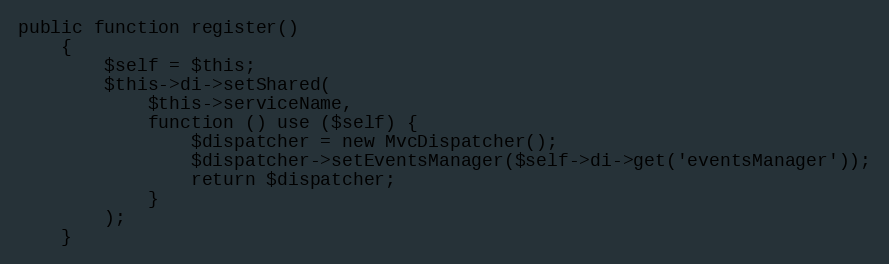
Language: PHP
public function register()
    {
        $self = $this;
        $this->di->setShared(
            $this->serviceName,
            function () use ($self) {
                $dispatcher = new MvcDispatcher();
                $dispatcher->setEventsManager($self->di->get('eventsManager'));
                return $dispatcher;
            }
        );
    }